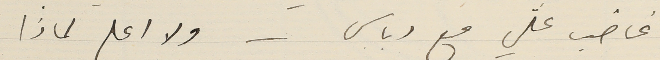
غاضب علّي مع دباس - ولا اعلم لماذا